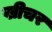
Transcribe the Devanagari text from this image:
खीचर